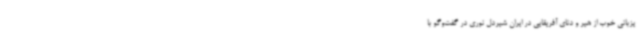
یزبانی خوب از هیر و دنای آفریقایی در ایران شیردل نوری در گفت‌وگو با